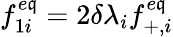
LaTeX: f_{1i}^{e\mathfrak{q}}=2\delta\lambda_{i}f_{+,i}^{e\mathfrak{q}}